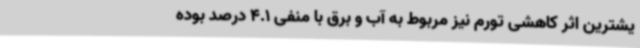
یشترین اثر کاهشی تورم نیز مربوط به آب و برق با منفی 4.1 درصد بوده